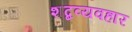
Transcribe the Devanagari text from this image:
शब्दव्यवहार